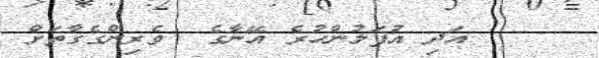
٩     އަދި އުފަލުންހުރެ އޭނާގެ  ވެރިންގެގާތަށް